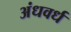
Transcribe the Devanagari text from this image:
अंधवर्ध